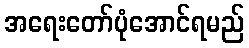
အရေးတော်ပုံအောင်ရမည်